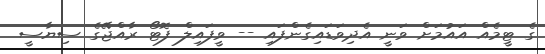
ގެ ޓީމެއް އައުމަށް ވަނީ އެދިވަޑައިގެންފައި -- ވީފައިލް ފޮޓޯ ރާއްޖޭގެ ސިޔާސީ